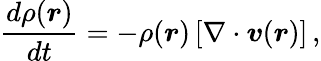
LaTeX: \frac{d\rho(\boldsymbol{r})}{dt}=-\rho(\boldsymbol{r})\left[\nabla\cdot\boldsymbol{v}(\boldsymbol{r})\right]\, ,